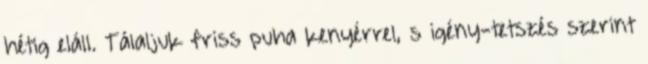
hétig eláll. Tálaljuk friss puha kenyérrel, s igény-tetszés szerint